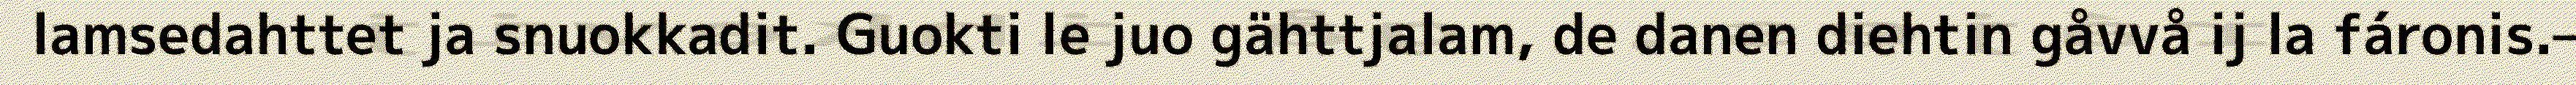
lamsedahttet ja snuokkadit. Guokti le juo gähttjalam, de danen diehtin gåvvå ij la fáronis.–